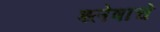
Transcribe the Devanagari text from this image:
श्लेषाचे